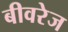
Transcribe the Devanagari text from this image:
बीवरेज